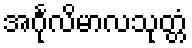
အင်္ဂုလိမာလသုတ္တံ